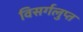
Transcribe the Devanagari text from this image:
विसर्गलुप्त